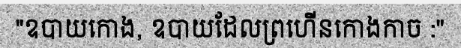
"ឧបាយកោង, ឧបាយដែលព្រហើនកោងកាច :"